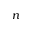
n